Annual report on the working of the mental hospitals in the Madras Presidency - 1912-1932
Year: 1912
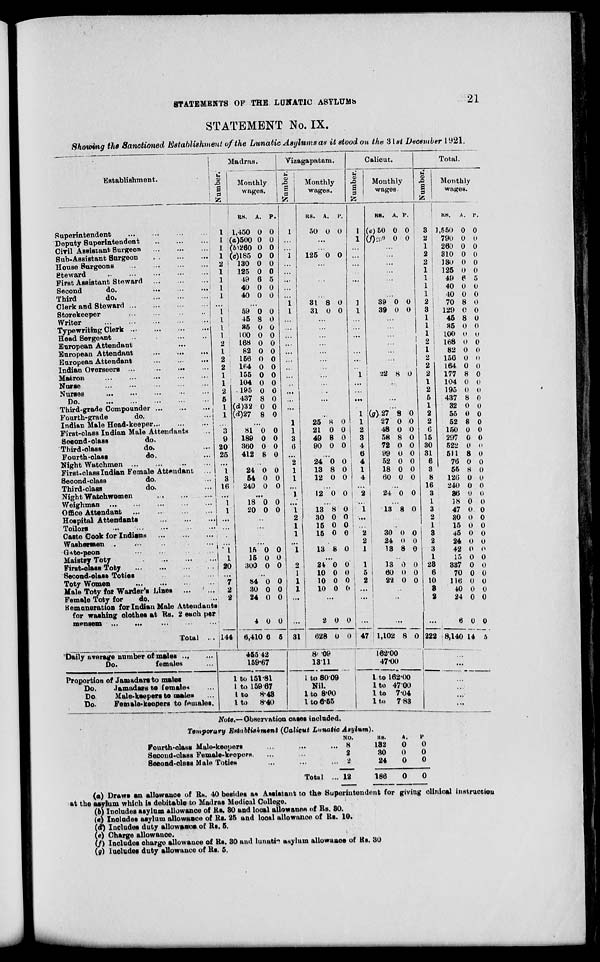
STATEMENTS OF THE LUNATIC ASYLUMS
21
STATEMENT No. IX.
Showing the Sanctioned Establishment of the Lunatic Asylums as it stood on the 31st December 1921.
Establishment.
Superintendent ... ... ... ...
Deputy Superintendent
...
...
...
Civil Assistant Surgeon
...
...
...
Sub-Assistant Surgeon
...
...
...
House
Surgeons
...
...
...
...
Steward
...
...
...
...
First Assistant Steward
...
...
...
Second
do.
...
...
...
Third
do.
...
...
...
Clerk and
Steward...
...
...
Storekeeper
...
...
...
Writer
...
...
...
...
Typewrithig Clerk
...
...
...
Head Sergeant
...
...
...
European Attendant ... ... ...
European Attendant
... ... ...
European Attendant ... ... ...
Indian Overseers ...
...
...
...
Mairon
...
...
...
...
Nurse
...
...
...
...
...
Nurses
...
...
...
...
...
Do.
...
...
...
...
...
Third-grade
Compounder
...
...
...
Fourth-grade
do.
Indian Male Head-keeper
...
...
...
First-class Indian Male Attendants ...
Second-class
do. ...
Third-class
do. ...
Fourth-class
do. ...
Night
Watchmen...
...
...
First-class Indian Female Attendant ...
Second-class
do.
Third-class
do.
Night Watchwomen ... ... ...
Weighman ... ... ... ... ...
Office Attendant
...
...
...
Hospital Attendants
...
...
...
Toilors...
...
...
...
...
...
Caste Cook for Indians
...
...
...
Washermen ... ... ... ... ...
Gate-peon
...
...
...
...
...
Maistry Toty
...
...
...
...
...
First-class Toty
...
...
...
...
Second-class
Toties
...
...
...
Toty Women
...
...
...
...
Male Toty for Warder's Lines ... ...
Female Toty for
do. ...
Remuneration for Indian Male Attendants
for washing clothes at Rs. 2 each per
mensem
... ... ... ... ...
Total ...
Daily average number
males ... ...
Do.
females ...
Proportion of Jamadars males
Do.
Jamadars to females ...
Do.
Male-keepers to males...
Do.
Female-keepers
to females.
Madras.
Number.
1
1
1
1
2
1
1
1
1
...
1
1
1
1
2
1
2
2
1
1
2
5
1
1
...
3
9
20
25
...
1
3
16
...
1
1
... ...
...
...
1
1 20
...
7
2
2
144
Monthly
wages.
RS.
1,450
(a)500
(b)260
(c)185
130
125
49
40
40
A.
0
0
0
0
0
0
6
0
0
P.
0
0
0
0
0
0
5
0
0
...
59
45
35
100
168
82
156
164
155
104
195
437
(d)32
(d)27
0
8
0
0
0
0
0
0
0
0
0
8
0
8
0
0
0
0
0
0
0
0
0
0
0
0
0
0
...
81
189
360
412
0
0
0
8
0
0
0
0
...
24
54
240
0
0
0
0
0
0
...
18
20
0
0
0
0
...
...
...
...
15
15
300
0
0
0
0
0
0
...
84
30
24
4
6,410
0
0
0
0
6
0
0
0
0
5
455.42
159.67
1 to 151.81
1 to 159.67
1 to
8.43
1 to
8.40
Vizagapatam.
Number.
1
...
...
1
...
...
...
...
...
1
1
...
...
...
...
...
...
...
...
...
...
...
...
1
1
3
6
...
2
1
1
...
1
...
1
2
1
1
...
1
2
1
1
1
...
31
Monthly
wages.
RS.
50
A.
0
P.
0
...
...
125 0 0
...
...
...
...
...
31
31
8
0
0
0
...
...
...
...
...
...
...
...
...
...
...
...
...
25
21
49
90
8
0
8
0
0
0
0
0
...
24
13
12
0
8
0
0
0
0
...
12 0 0
...
13
30
15
15
8
0
0
0
0
0
0
0
...
13 8 0
...
24
10
10
10
0
0
0
0
0
0
0
0
...
2
628
0
0
0
0
80.09
13.11
1 to 80.09
Nil.
1 to 8.00
1 to 6.55
Calicut.
Number.
1
1
...
...
...
...
...
...
...
3
1
...
...
...
...
...
...
...
1
...
...
...
...
1
1
2
3
4
6
4
1
4
...
2
...
1
...
...
2
2
1
1
5
2
...
...
...
47
Monthly
wages.
RS.
(e)50
(f)290
A.
0
0
P.
0
0
...
...
...
...
...
...
...
39
39
0
0
0
0
...
...
...
...
...
...
...
22 8 0
...
...
...
...
(g)27
27
48
58
72
99
52
18
60
8
0
0
8
0
0
0
0
0
0
0
0
0
0
0
0
0
0
...
24 0 0
...
13 8 0
... ...
30
24
13
0
0
8
0
0
0
..
13
60
22
0
0
0
0
0
0
...
...
...
1,102 8 0
162.00
47.00
1 to 162.00
1 to 47.00
1 to
7.04
1 to
7.83
Total.
Number.
3
2
1
2
2
1
1
1
1
2
3
1
1
1
2
1
2
2
2
1
2
5
1
2
2
6
15
30
31
6
3
8
16
3
1
3
2
1
3
2
3
1
23
6
10
3
2
...
222
Monthly
wages.
RS.
1,550
790
260
310
130
125
49
40
40
70
129
45
35
100
168
82
156
164
177
104
195
437
32
55
52
150
297
522
511
76
55
126
240
36
18
47
36
15
45
24
42
15
337
70
116
40
24
6
8,140
A.
0
0
0
0
0
0
6
0
0
8
0
8
0
0
0
0
0
0
8
0
0
8
0
0
8
0
0
0
8
0
8
0
0
0
0
0
0
0
0
0
0
0
0
0
0
0
0
0
14
P.
0
0
0
0
0
0
5
0
0
0
0
0
0
0
0
0
0
0
0
0
0
0
0
0
0
0
0
0
0
0
0
0
0
0
0
0
0
0
0
0
0
0
0
0
0
0
0
0
5
...
...
...
...
...
...
Note.—Observation cases included.
Temporary Eastablishment (Culicut Lunatic Asylum).
Fourth-class Male-keepers... ... ...
Second-class Femals-keepers. ... ... ...
Sacond-class Male Toties ... ... ...
Total ...
NO.
8
2
2
12
RS.
132
30
24
186
A.
0
0
0
0
P.
0
0
0
0
(a) Draws an allowance of Rs. 40 besides as Assistant to the Superintendent for giving clinical instruction
at the asylum which is debitable to Madras Medical College.
(b) Includes asylum allowance of Rs. 30 and local allowance of Rs. 30.
(c) Includes asylum allowance of Rs. 25 and local allowance of Rs. 10.
(d) Includes duty allowance of Rs. 5.
(e) Charge allowance.
(f) Includes charge allowance of Rs. 30 and lunatic asylum allowance of Rs. 30
(g) Includes duty allowance of Rs. 5.